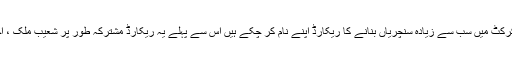
قومی کرکٹ ٹیم کے بلے باز بابر اعظم لسٹ اے کرکٹ میں سب سے زیادہ سنچریاں بنانے کا ریکارڈ اپنے نام کر چکے ہیں اِس سے پہلے یہ ریکارڈ مشترکہ طور پر شعیب ملک ، احمد شہزاد، اظہر علی اور اعجاز احمد کے نا م تھا۔